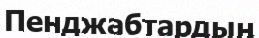
Пенджабтардың